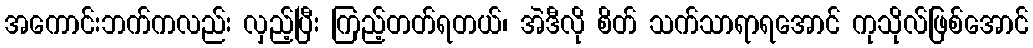
အကောင်းဘက်ကလည်း လှည့်ပြီး ကြည့်တတ်ရတယ်၊ အဲဒီလို စိတ် သက်သာရာရအောင် ကုသိုလ်ဖြစ်အောင်